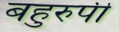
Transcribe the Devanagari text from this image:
बहुरुपी